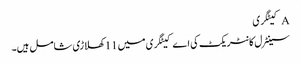
A کیٹگری
سینٹرل کانٹریکٹ کی اے کیٹگری میں 11 کھلاڑی شامل ہیں۔